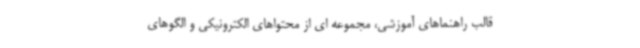
قالب راهنماهای آموزشی، مجموعه ای از محتواهای الکترونیکی و الگوهای